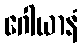
ဂေါယာနံ